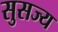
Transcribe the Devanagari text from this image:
सुसज्य